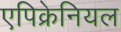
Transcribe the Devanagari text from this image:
एपिक्रेनियल